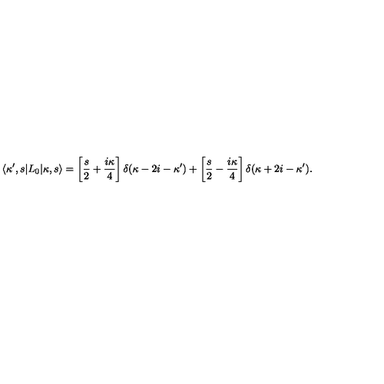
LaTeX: \langle \kappa ^ { \prime } , s | L _ { 0 } | \kappa , s \rangle = \left[ \frac { s } { 2 } + \frac { i \kappa } { 4 } \right] \delta ( \kappa - 2 i - \kappa ^ { \prime } ) + \left[ \frac { s } { 2 } - \frac { i \kappa } { 4 } \right] \delta ( \kappa + 2 i - \kappa ^ { \prime } ) .